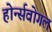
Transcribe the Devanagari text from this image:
होर्न्सवोगल